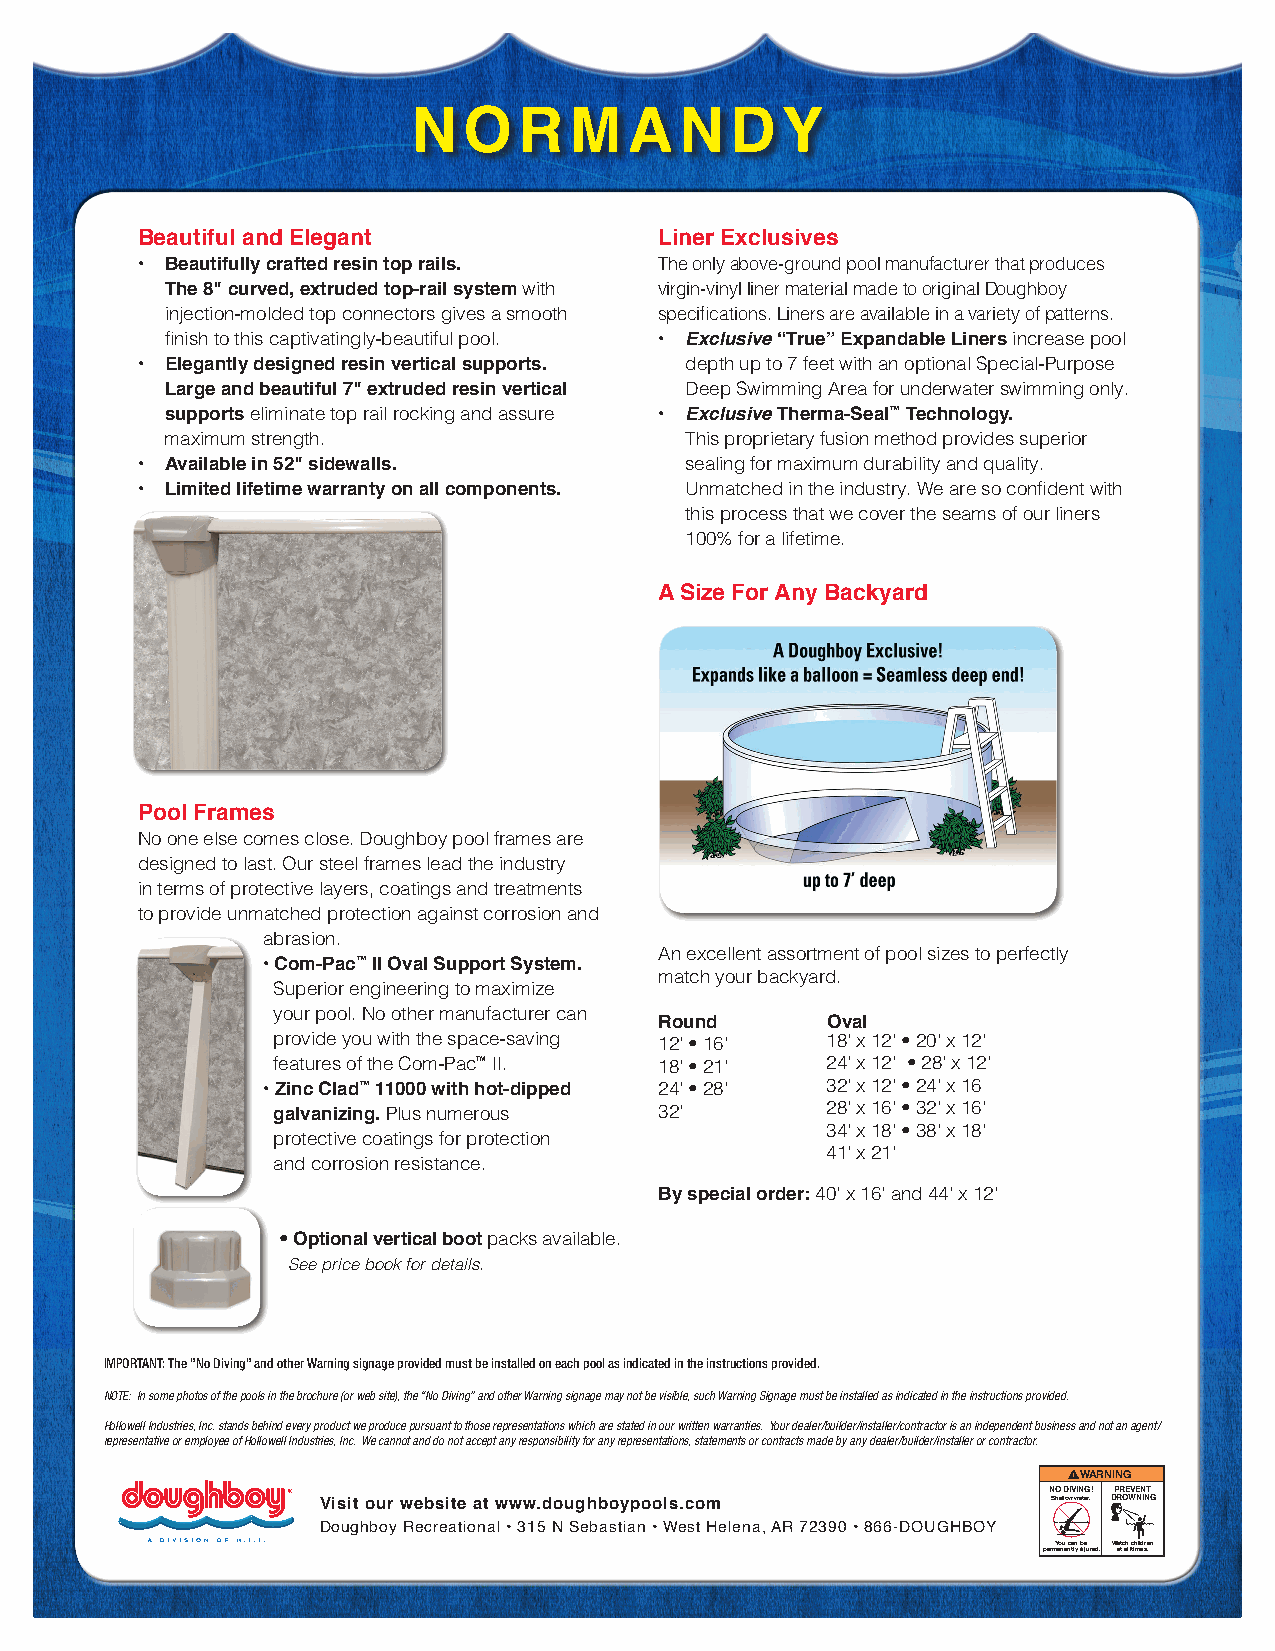
NORMANDY
 Beautiful and Elegant              Liner Exclusives
 • Beautifully crafted resin top rails. The only above-ground pool manufacturer that produces
 The 8" curved, extruded top-rail system with virgin-vinyl liner material made to original Doughboy
 injection-molded top connectors gives a smooth specifications. Liners are available in a variety of patterns.
 finish to this captivatingly-beautiful pool. • Exclusive “True” Expandable Liners increase pool
 • Elegantly designed resin vertical supports. depth up to 7 feet with an optional Special-Purpose
 Large and beautiful 7" extruded resin vertical Deep Swimming Area for underwater swimming only.
 supports eliminate top rail rocking and assure • Exclusive Therma-Seal™ Technology.
 maximum strength.                 This proprietary fusion method provides superior
 • Available in 52" sidewalls.       sealing for maximum durability and quality.
 • Limited lifetime warranty on all components. Unmatched in the industry. We are so confident with
 this process that we cover the seams of our liners
 100% for a lifetime.
 A Size For Any Backyard
 Pool Frames
 No one else comes close. Doughboy pool frames are
 designed to last. Our steel frames lead the industry
 in terms of protective layers, coatings and treatments
 to provide unmatched protection against corrosion and
 abrasion.
 An excellent assortment of pool sizes to perfectly
 • Com-Pac™ II Oval Support System.
 match your backyard.
 Superior engineering to maximize
 your pool. No other manufacturer can
 Round      Oval
 provide you with the space-saving 12' • 16' 18' x 12' • 20' x 12'
 features of the Com-Pac™ II. 18' • 21' 24' x 12' • 28' x 12'
 • Zinc Clad™ 11000 with hot-dipped 24' • 28' 32' x 12' • 24' x 16
 galvanizing. Plus numerous 32'       28' x 16' • 32' x 16'
 34' x 18' • 38' x 18'
 protective coatings for protection
 41' x 21'
 and corrosion resistance.
 By special order: 40' x 16' and 44' x 12'
 • Optional vertical boot packs available.
 See price book for details.
 IMPORTANT: The ”No Diving” and other Warning signage provided must be installed on each pool as indicated in the instructions provided.
 NOTE: In some photos of the pools in the brochure (or web site), the “No Diving” and other Warning signage may not be visible, such Warning Signage must be installed as indicated in the instructions provided.
 Hollowell Industries, Inc. stands behind every product we produce pursuant to those representations which are stated in our written warranties. Your dealer/builder/installer/contractor is an independent business and not an agent/
 representative or employee of Hollowell Industries, Inc. We cannot and do not accept any responsibility for any representations, statements or contracts made by any dealer/builder/installer or contractor.
 WARNING
 NO DIVING! PREVENT
 Visit our website at www.doughboypools.com       Shallow water. DROWNING
 Doughboy Recreational • 315 N Sebastian • West Helena, AR 72390 • 866-DOUGHBOY
 p e r m Yaonue nctalny ibnejured. W aatt cahll ctihmiledsre.n
 RESCUE:
 Copyright ©1989 Do not remove or cover. 560-1040